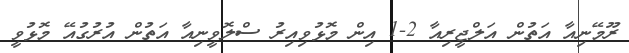
ރޫމޭނިއާ އަތުން އަލްޖީރިއާ 2-1 އިން މޮޅުވިއިރު ސްލޮވީނިއާ އަތުން އުރުގުއޭ މޮޅުވީ